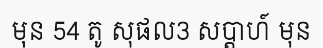
មុន 54 តូ សុផល3 សប្តាហ៍ មុន